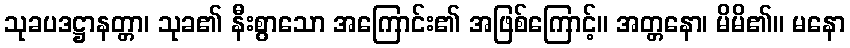
သုခပဒဋ္ဌာနတ္တာ၊ သုခ၏ နီးစွာသော အကြောင်း၏ အဖြစ်ကြောင့်။ အတ္တနော၊ မိမိ၏။ မနော